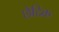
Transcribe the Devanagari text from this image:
छेदिक